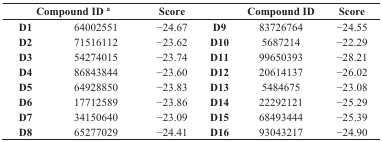
| <COLSPAN=2> Compound ID a | Score |  | Compound ID | Score |
 | --- | --- | --- | --- | --- | --- |
 | D1 | 64002551 | −24.67 | D9 | 83726764 | −24.55 |
 | D2 | 71516112 | −23.62 | D10 | 5687214 | −22.29 |
 | D3 | 54274015 | −23.74 | D11 | 99650393 | −28.21 |
 | D4 | 86843844 | −23.60 | D12 | 20614137 | −26.02 |
 | D5 | 64928850 | −23.83 | D13 | 5484675 | −23.08 |
 | D6 | 17712589 | −23.86 | D14 | 22292121 | −25.29 |
 | D7 | 34150640 | −23.09 | D15 | 68493444 | −25.39 |
 | D8 | 65277029 | −24.41 | D16 | 93043217 | −24.90 |